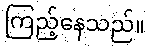
ကြည့်နေသည်။